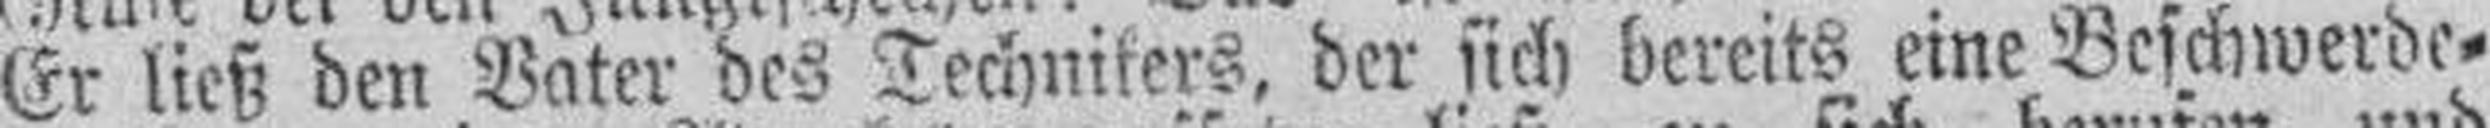
Er ließ den Vater des Technikers, der sich bereits eine Beschwerde¬